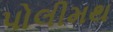
પોલીમથ